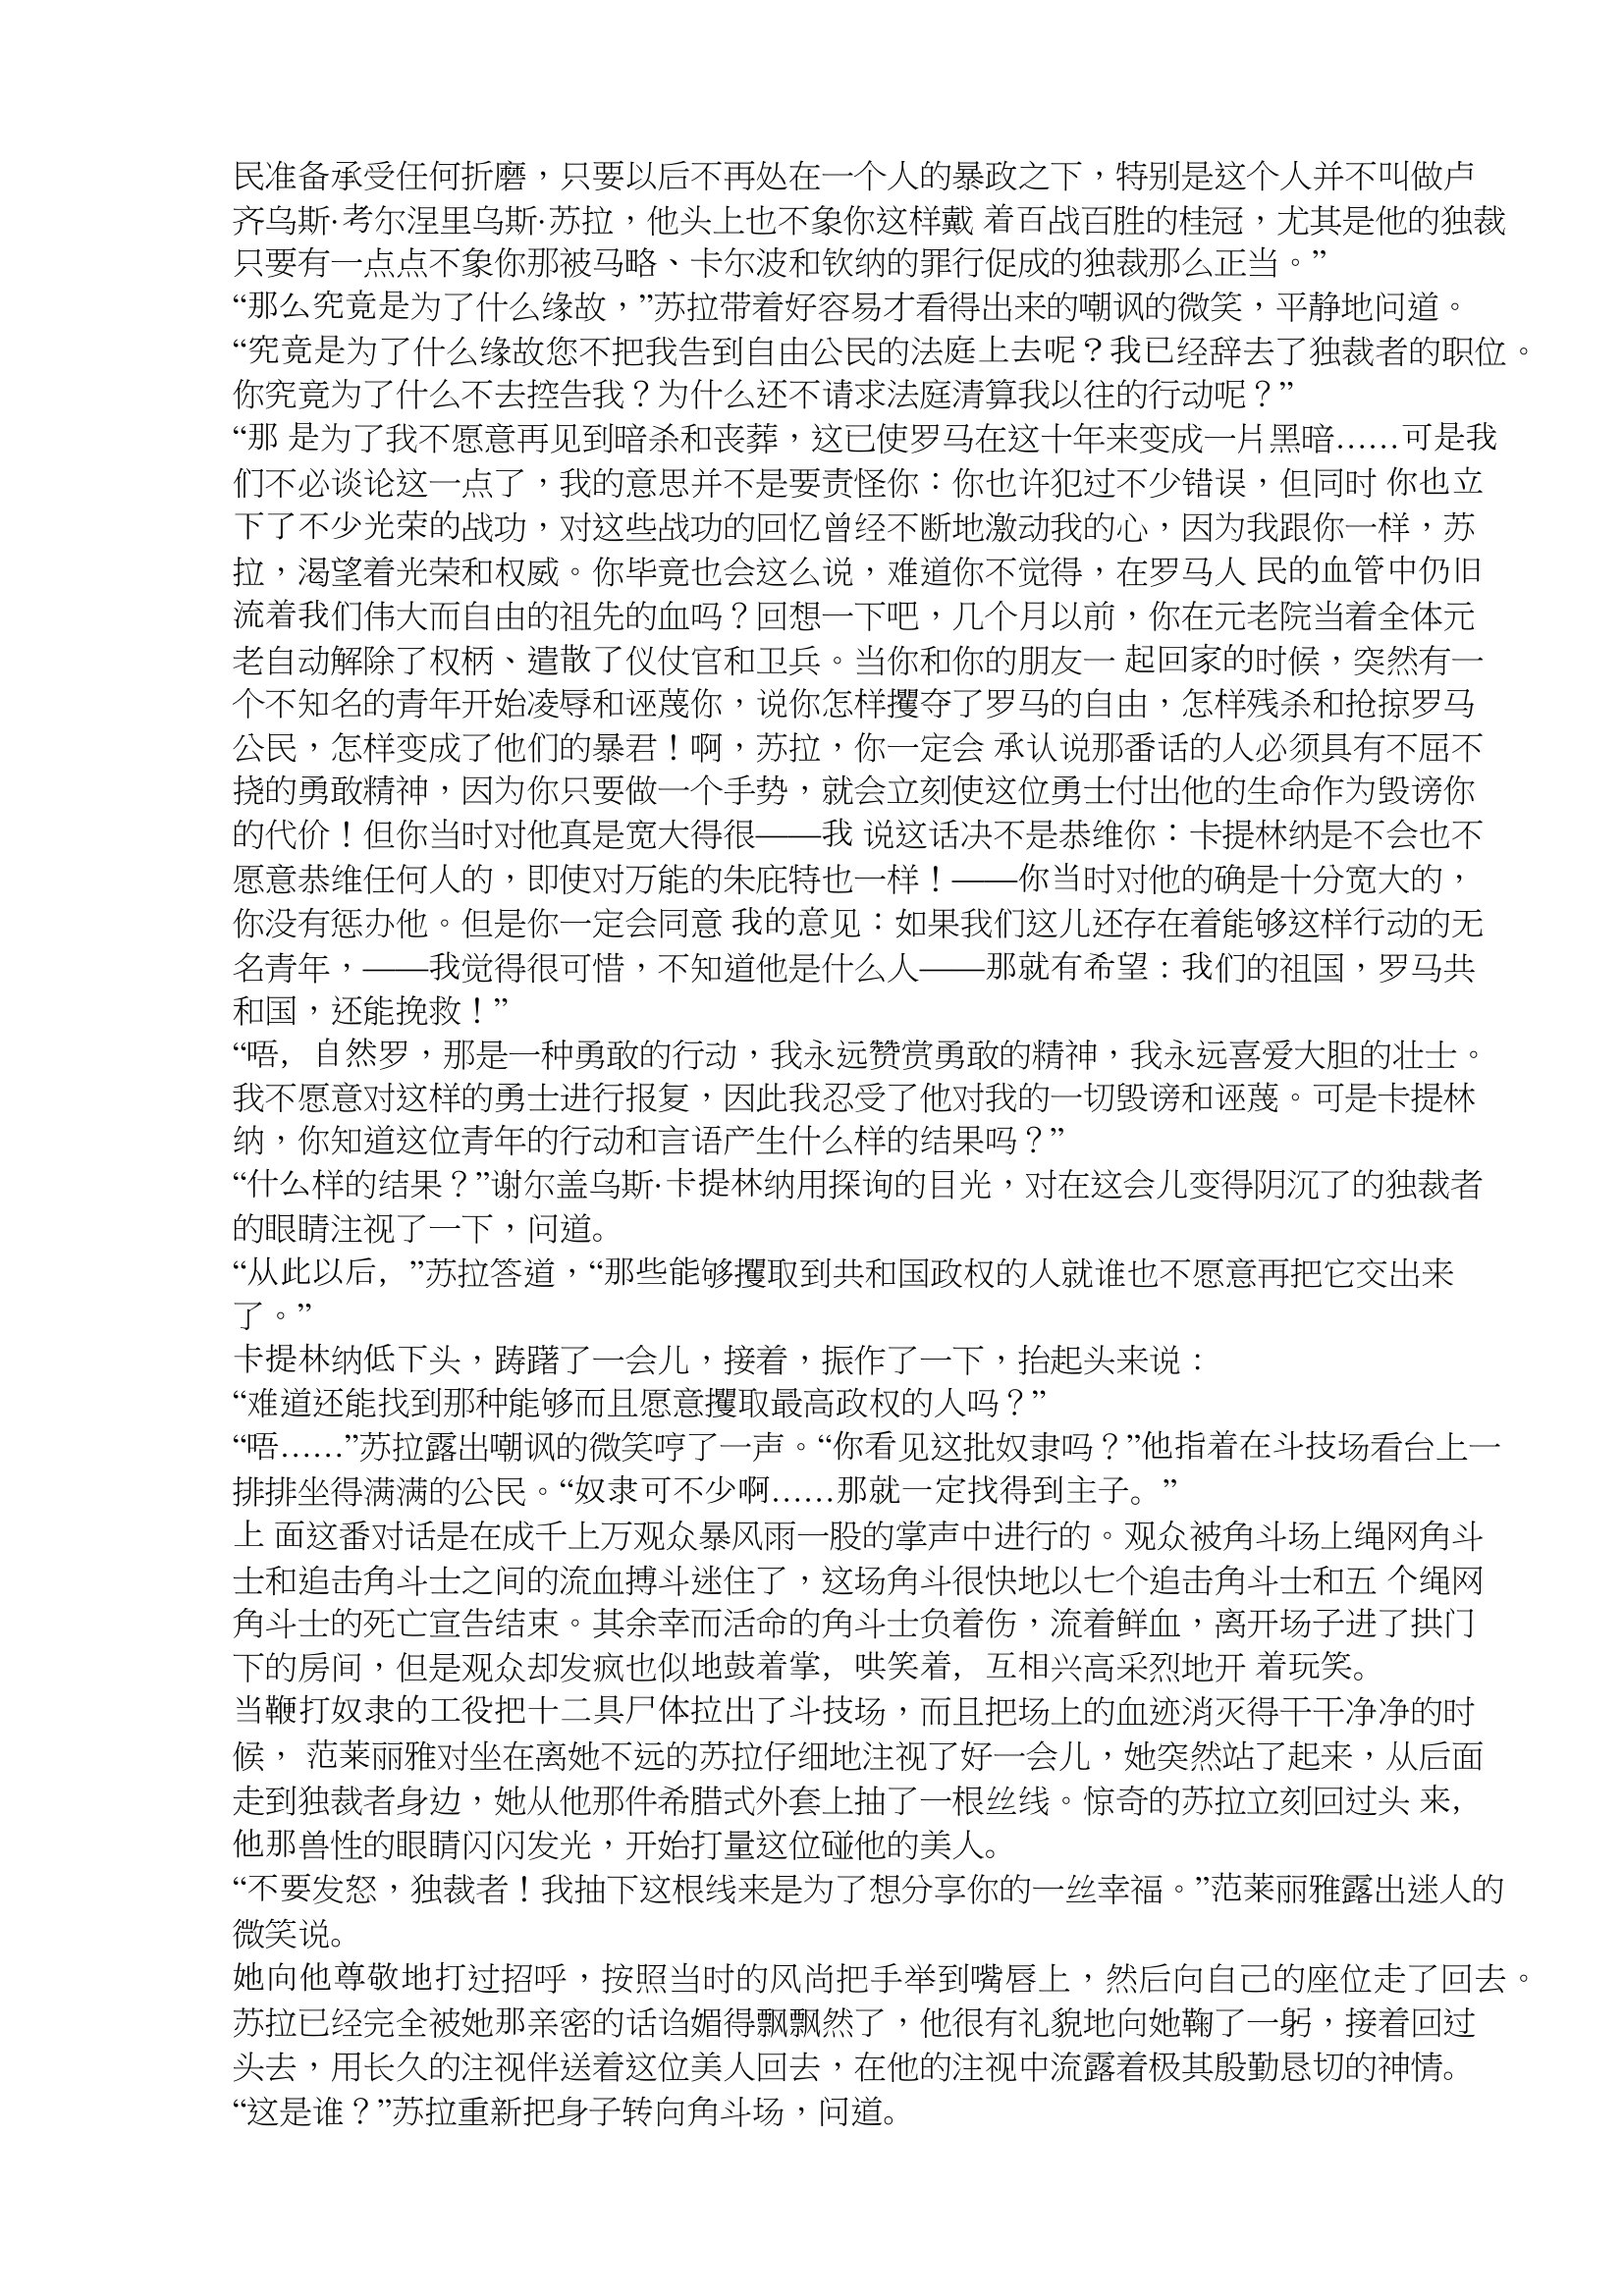
Language: zh